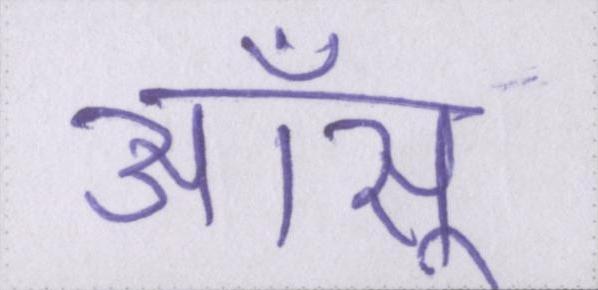
आँसू